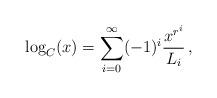
LaTeX: \begin{align*} \log_C(x)=\sum_{i=0}^\infty(-1)^i\frac{x^{r^i}}{L_i}\,, \end{align*}